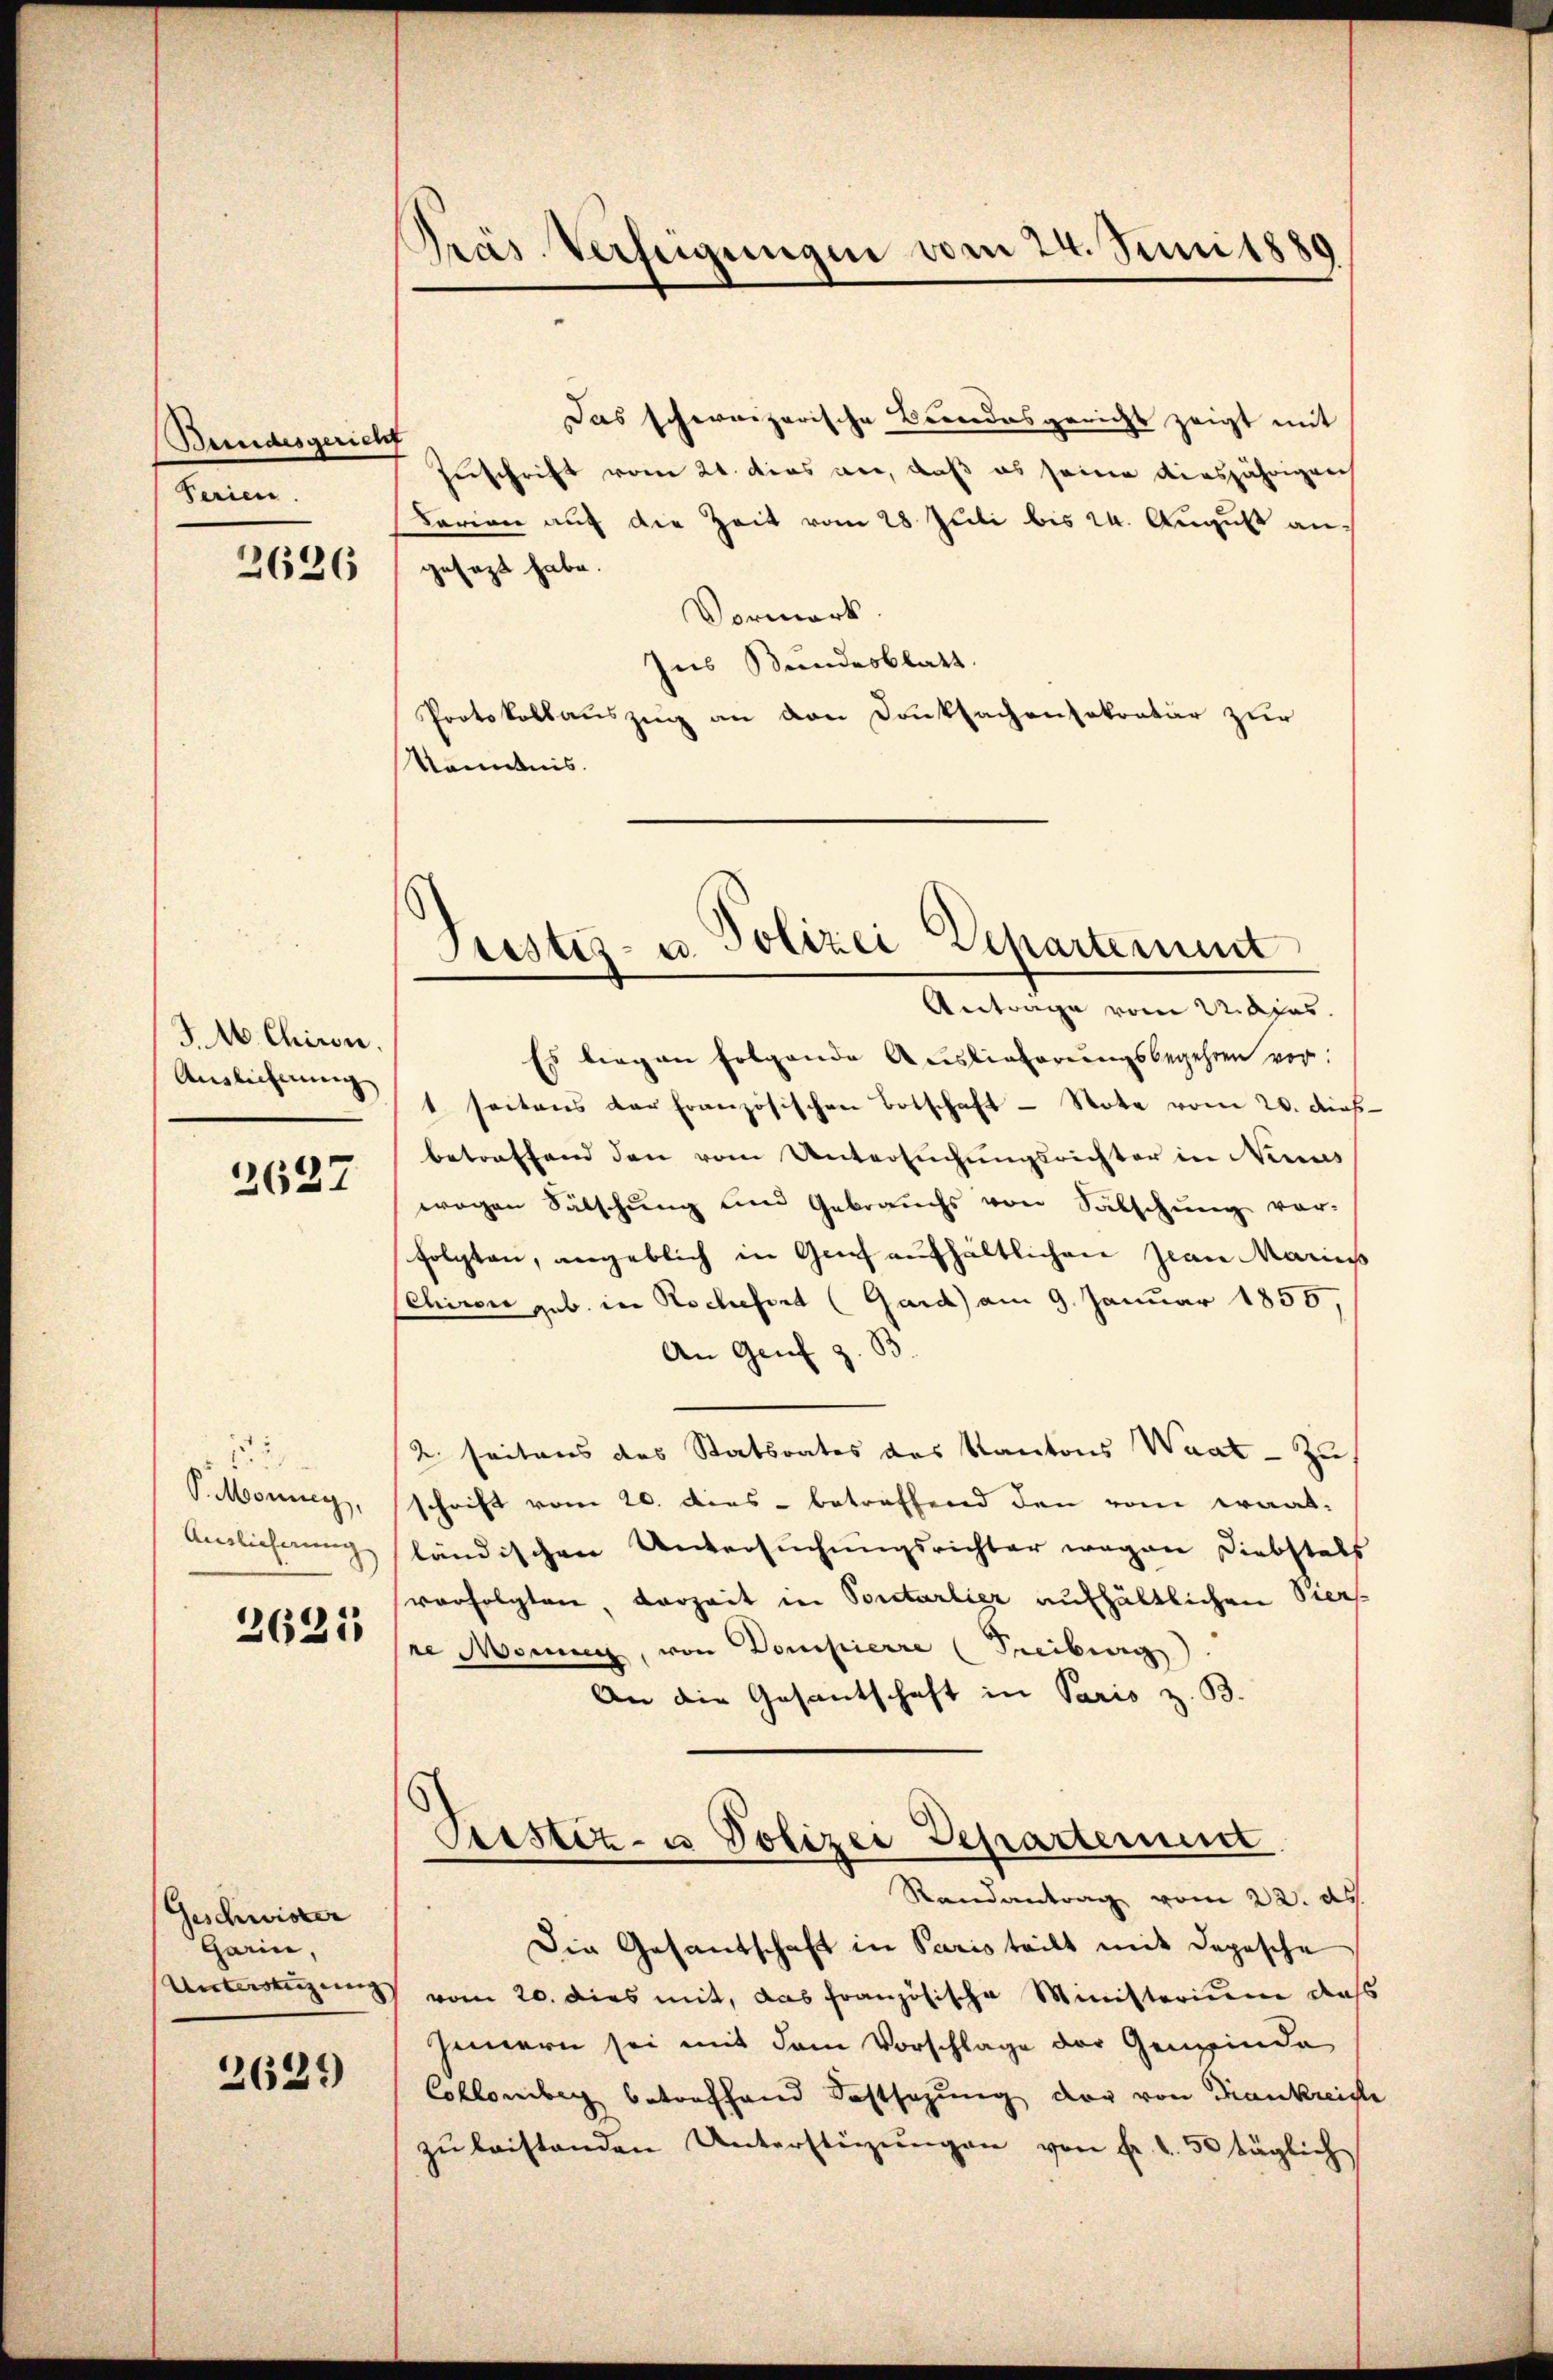
Bundesgerich
Ferien.

2626

JM. Chiron.
Auslichnung

2627

2
P. Monny,
Amlicherung

2625

Geschwister
Garin,
Unterstüzung

2629)

Präs. Verfeigungen vom 24. Juni 1880

Das schweizerische Bundesgericht zeigt mit
Zuschrift vom 21. das vor, daß es seine diesjährigen
Larian auf die Zeit vom 28 Juli bis 24. August angesezt habe.
Vormerk
Ins Bundesblatt.
Protokollauszug an den Danksachensekretär zur
Kenntnis.

Stestes- u. Polizei Departement
Antrage vom 22. Aprs.

Es liegen folgende Auslieferungsbegehren vor:
1 seitens der französischen Botschaft - Note vom 20. dies
betreffend den vom Untersuchungsrichter in Ninas
wegen Fälschung und Gebrauchs von Sälschung vor-
folgten, angeblich in Genf aufhältlichen Jean Maries
Schiren geb. in Rochefort (Gard) am 9. Januar 1855,
An Genf z. B.
2. seitens des Statsrates des Kantons Waat - zu
schrift vom 20. dies - betreffend den vom waat-
ländischen Untersuchungsrichter wegen Diebstals
verfolgten, vorzeit in Sonetarlier aufhältlichen Vers
te Momen, von Dompierre (Freiburg
An die Gesantschaft in Paris z. B.
Prustiz- u Polizei Departement
Randantrag vom 22. ds.
Die Gesandschaft in Paris teilt mit Depesche
) vom 20. dies mit, das französische Ministerium daß
Innern sei mit dem Vorschlage der Gemeinde
Collenberg betreffend Festsezung der von Frankreiche
zŭ leistenden Unterstützŭngen von fr. 1.50 täglich